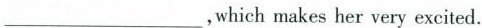
___,which makes her very excited.